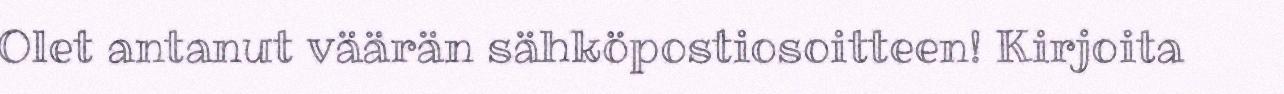
Olet antanut väärän sähköpostiosoitteen! Kirjoita